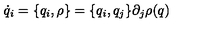
\dot { q } _ { i } = \{ q _ { i } , \rho \} = \{ q _ { i } , q _ { j } \} \partial _ { j } \rho ( q )